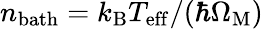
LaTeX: n_{\mathrm{bath}}=k_{\mathrm{B}}T_{\mathrm{eff}}/(\hbar\Omega_{\mathrm{M}})